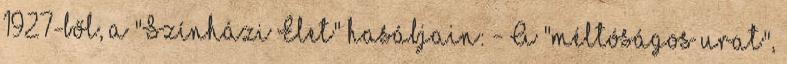
1927-ből, a "Színházi Élet" hasábjain: - A "méltóságos urat",